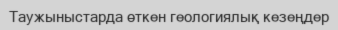
Таужыныстарда өткен геологиялық кезеңдер